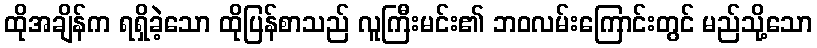
ထိုအချိန်က ရရှိခဲ့သော ထိုပြန်စာသည် လူကြီးမင်း၏ ဘဝလမ်းကြောင်းတွင် မည်သို့သော